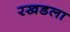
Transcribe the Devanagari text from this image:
रखडला